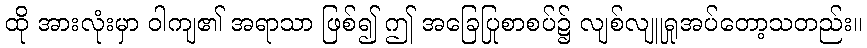
ထို အားလုံးမှာ ဝါကျ၏ အရာသာ ဖြစ်၍ ဤ အခြေပြုစာစပ်၌ လျစ်လျူရှုအပ်တော့သတည်း။